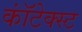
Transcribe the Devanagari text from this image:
कॉंटेक्स्ट